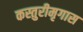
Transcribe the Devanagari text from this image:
कस्तुरीमृगास